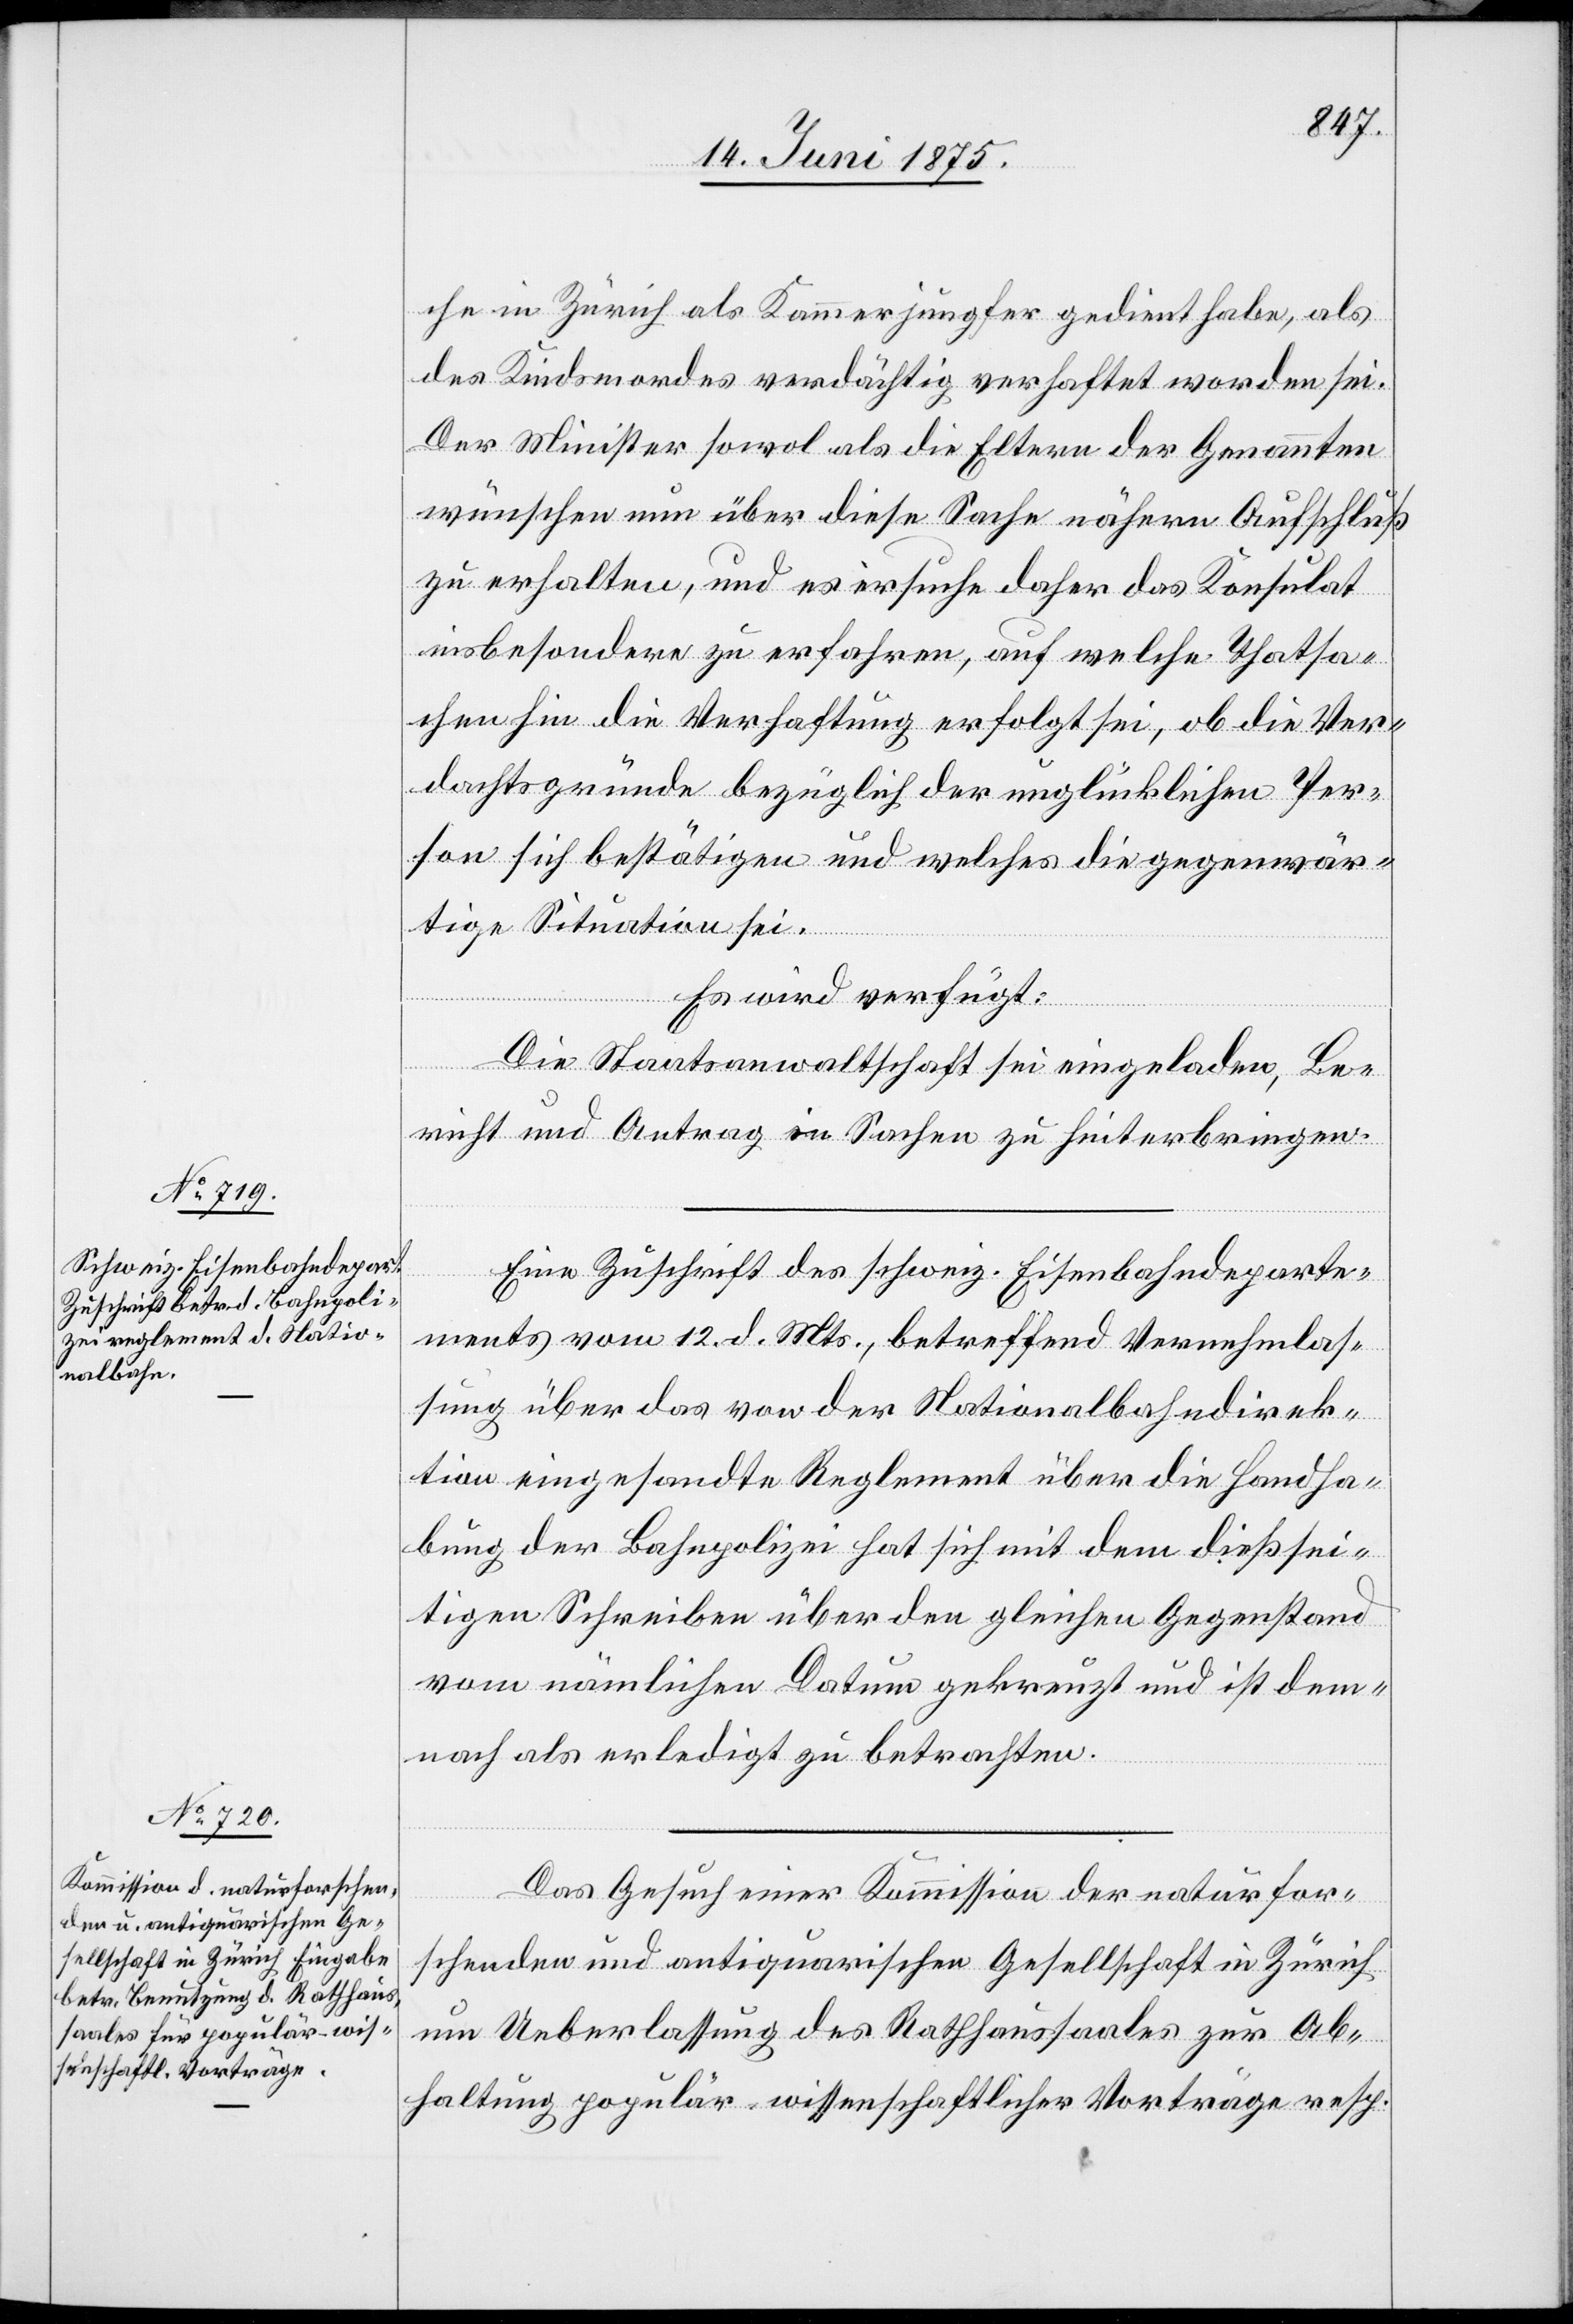
16. Juni 1875.]
che in Zürich als Kammerjungfer gedient habe, als
des Kindsmordes verdächtigt verhaftet worden sei.
Der Minister sowol als die Eltern der Genannten
wünschen nun über diese Sache nähern Aufschluß
zu erhalten, und es ersuche daher das Konsulat
insbesondere zu erfahren, auf welche Thatsa¬
chen hin die Verhaftung erfolgt sei, ob die Ver¬
dachtsgründe bezüglich der unglücklichen Per¬
son sich bestätigen und welches die gegenwär¬
tige Situation sei.
Es wird verfügt:
Die Staatsanwaltschaft sei eingeladen, Be¬
richt und Antrag in Sachen zu hinterbringen.
Eine Zuschrift des schweiz. Eisenbahndeparte¬
mentes vom 12. d. Mts., betreffend Vernehmlas¬
sung über das von der Nationalbahndirek¬
tion eingesandte Reglement über die Handha¬
bung der Bahnpolizei hat sich mit dem dießsei¬
tigen Schreiben über den gleichen Gegenstand
vom nämlichen Datum gekreuzt und ist dem¬
nach als erledigt zu betrachten.
Das Gesuch einer Kommission der naturfor¬
schenden und antiquarischen Gesellschaft in Zürich
um Ueberlassung des Rathhaussaales zur Ab¬
haltung populär-wissenschaftlicher Vorträge resp.